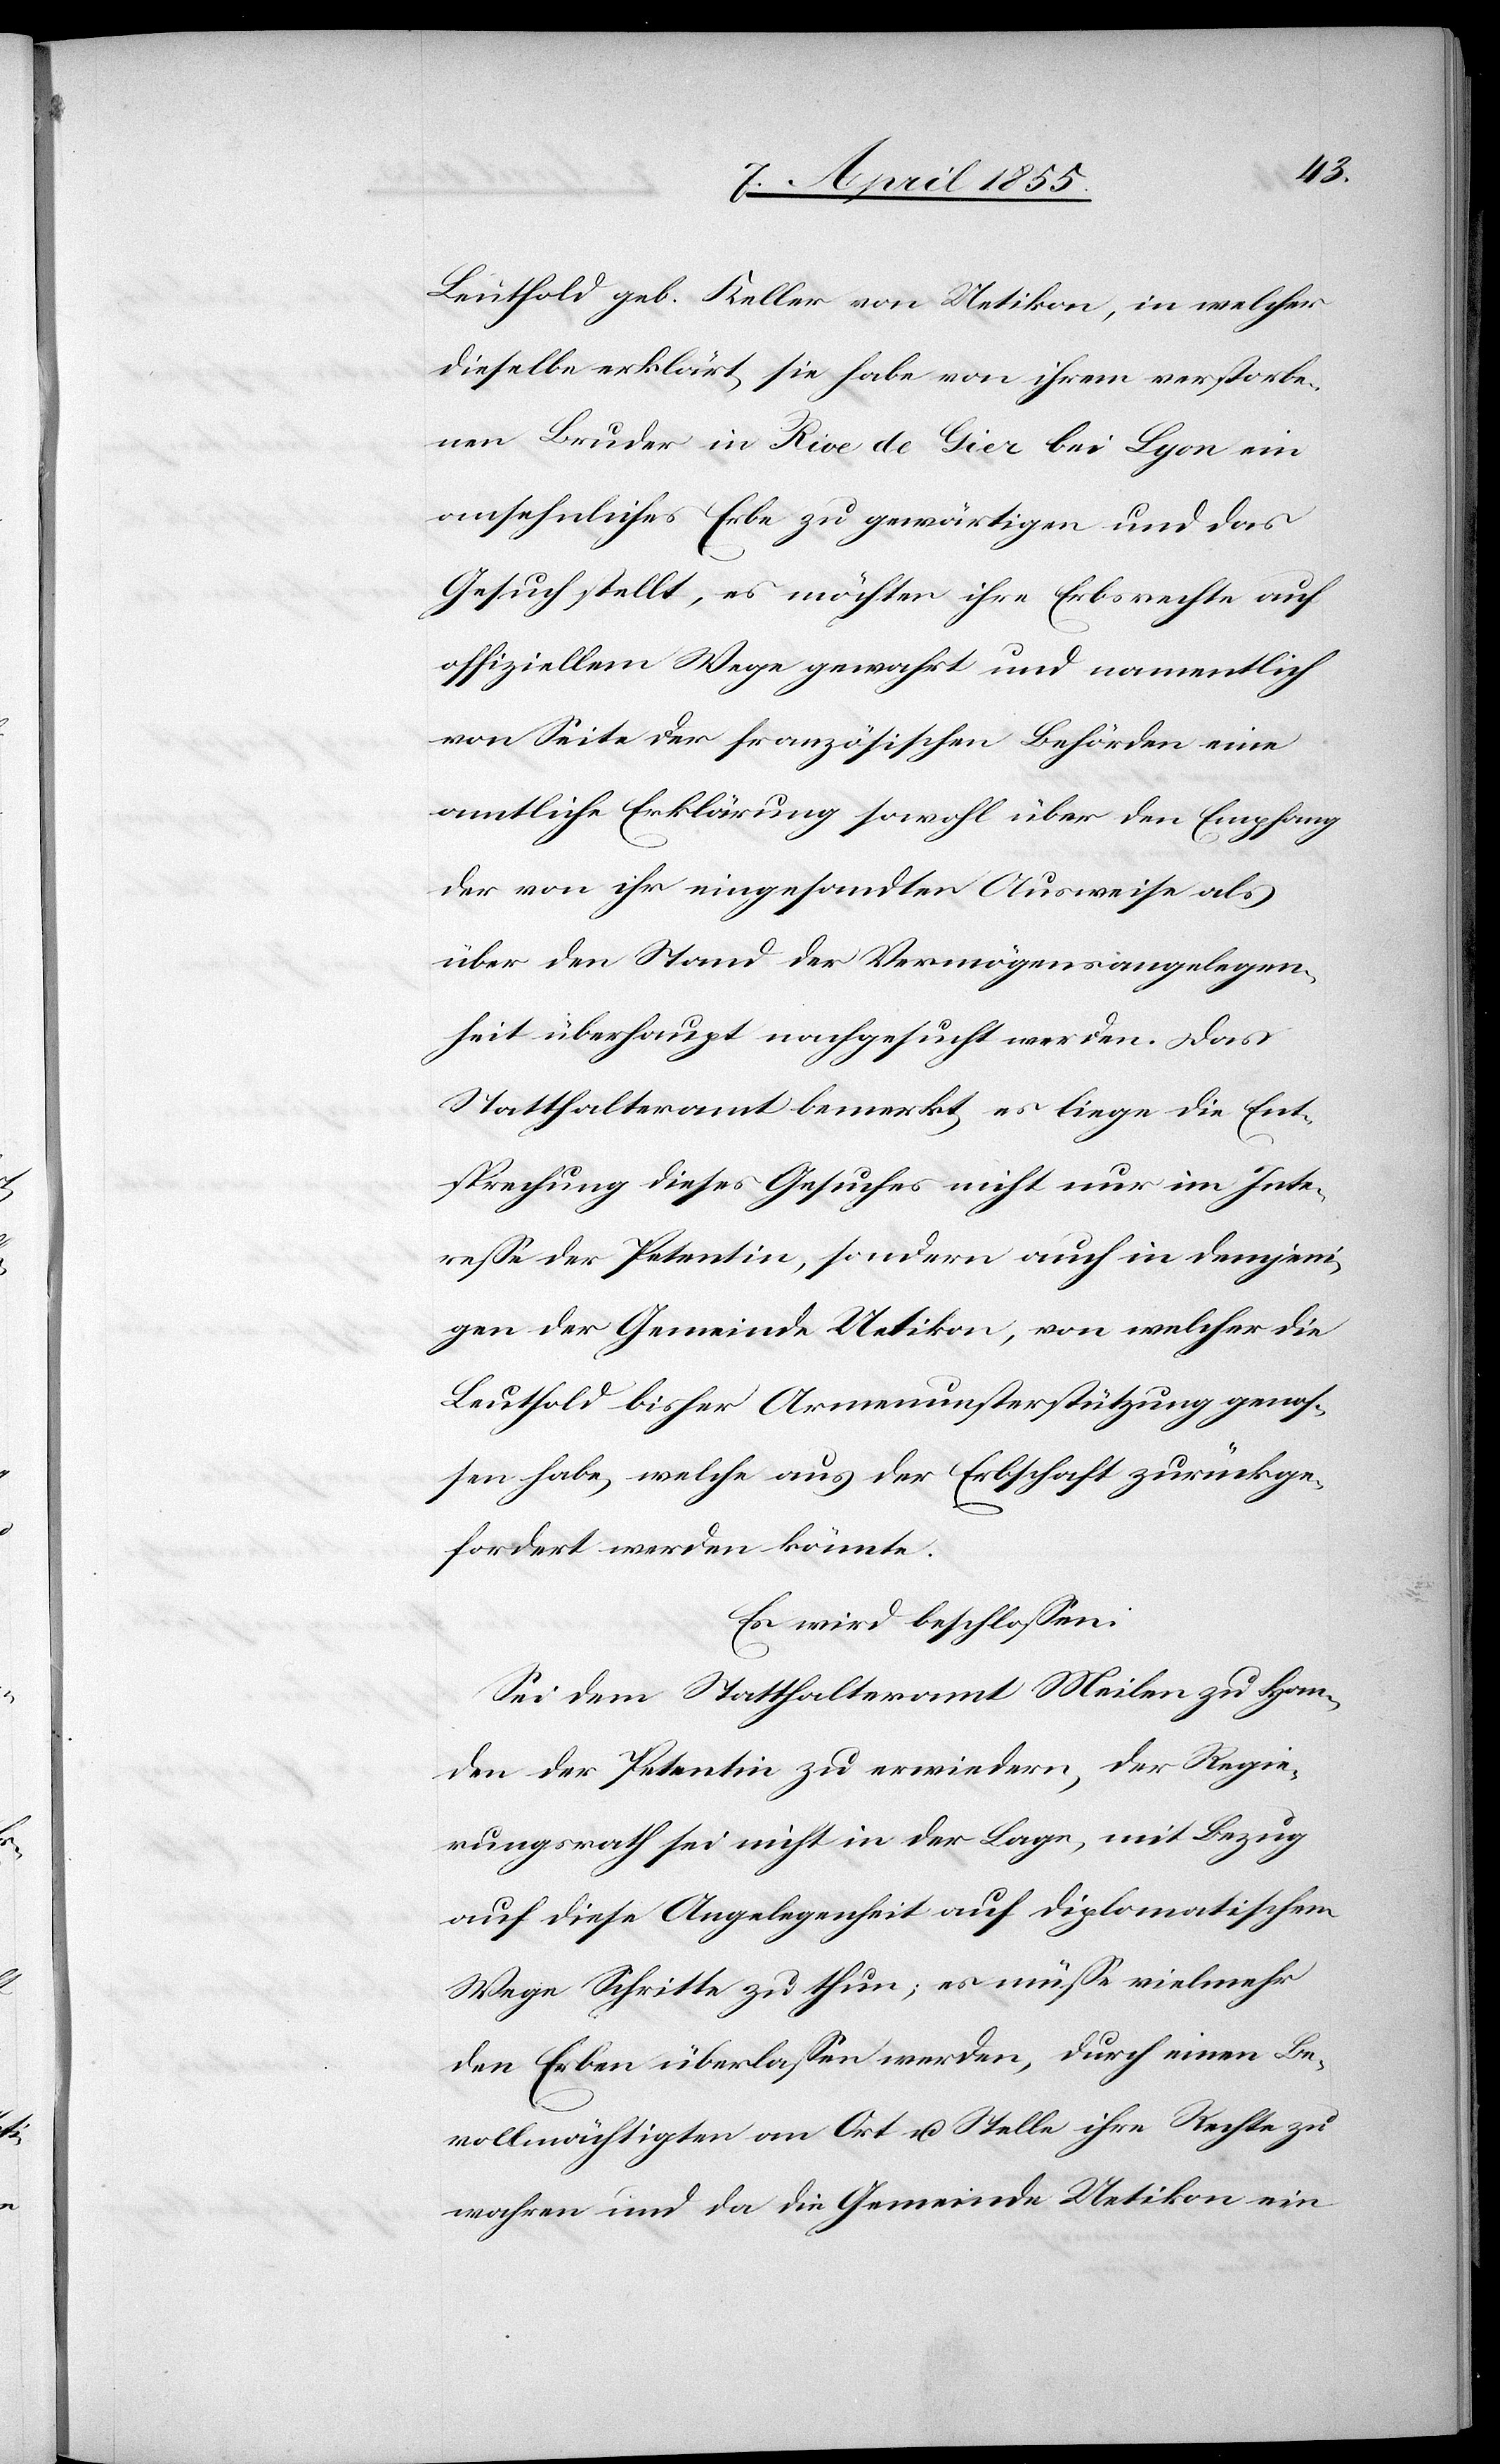
Leuthold geb. Keller von Uetikon, in welcher
dieselbe erklärt, sie habe von ihrem verstorbe¬
nen Bruder in Rive de Gier bei Lyon ein
ansehnliches Erbe zu gewärtigen und das
Gesuch stellt, es möchten ihre Erbsrechte auf
offiziellem Wege gewahrt und namentlich
von Seite der französischen Behörden eine
amtliche Erklärung sowohl über den Empfang
der von ihr eingesandten Ausweise als
über den Stand der Vermögensangelegen¬
heit überhaupt nachgesucht werden. Das
Statthalteramt bemerkt, es liege die Ent¬
sprechung dieses Gesuches nicht nur im Inte¬
resse der Petentin, sondern auch in demjeni¬
gen der Gemeinde Uetikon, von welcher die
Leuthold bisher Armenunterstützung genos¬
sen habe, welche aus der Erbschaft zurückge¬
fordert werden könnte.
Es wird beschlossen:
Sei dem Statthalteramt Meilen zu Han¬
den der Petentin zu erwiedern, der Regie¬
rungsrath sei nicht in der Lage, mit Bezug
auf diese Angelegenheit auf diplomatischem
Wege Schritte zu thun; es müsse vielmehr
den Erben überlassen werden, durch einen Be¬
vollmächtigten an Ort u. Stelle ihre Rechte zu
wahren und da die Gemeinde Uetikon ein